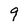
Character: 9